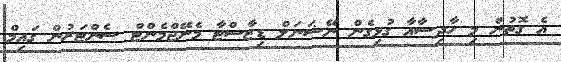
އެ ގޮތުން މި ހާދިސާއާ ގުޅިގެން ނޭޝަނަލް ޑިޒާސްޓާ މެނޭޖްމެންޓް ސެންޓަރުން ގައިމް